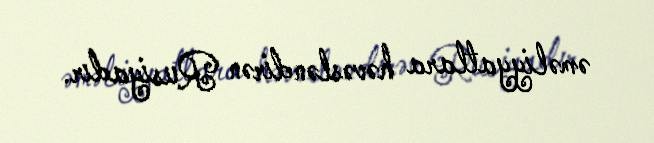
əməliyyatlara həvəsləndirən Rusiyadır.